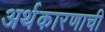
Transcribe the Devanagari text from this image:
अर्थकारणाची